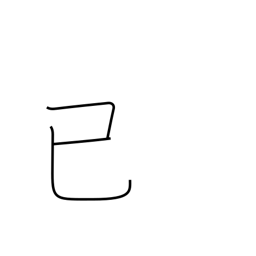
Meaning: long ago